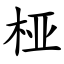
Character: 桠